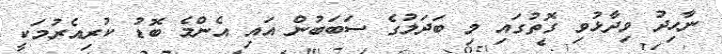
ނާހިދު ވިދާޅުވި ގޮތުގައި މި ބަދަލުގެ ސަބަބުން އައި އެންމެ ބޮޑު ކުރިއެރުމަކީ